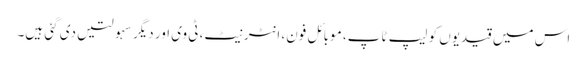
اس میں قیدیوں کو لیپ ٹاپ، موبائل فون، انٹرنیٹ، ٹی وی اور دیگر سہولتیں دی گئی ہیں۔